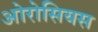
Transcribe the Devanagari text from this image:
ओरोसियस